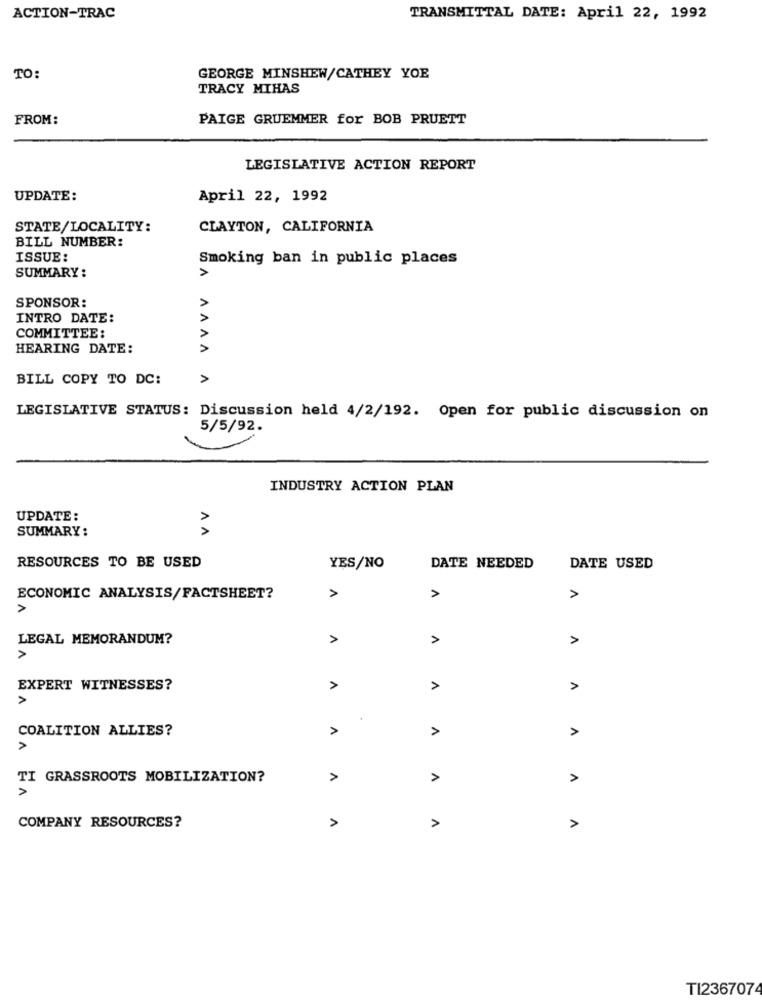
ACTION-TRAC
TRANSMITTAL DATE: April 22, 1992
TO:
GEORGE MINSHEW/CATHEY YOE
TRACY MIHAS
FROM:
PAIGE GRUEMMER for BOB PRUETT
LEGISLATIVE ACTION REPORT
UPDATE:
April 22, 1992
STATE/LOCALITY:
CLAYTON, CALIFORNIA
BILL NUMBER:
ISSUE:
Smoking ban in public places
SUMMARY :
A
VVVV
SPONSOR:
INTRO DATE:
COMMITTEE:
HEARING DATE:
BILL COPY TO DC:
>
LEGISLATIVE STATUS: Discussion held 4/2/192. Open for public discussion on
5/5/92.
INDUSTRY ACTION PLAN
v V
UPDATE :
SUMMARY:
RESOURCES TO BE USED
YES/NO
DATE NEEDED
DATE USED
ECONOMIC ANALYSIS/FACTSHEET?
>
A
A
LEGAL MEMORANDUM?
A
>
>
>
EXPERT WITNESSES?
>
1
A
A
.
COALITION ALLIES?
>
>
A
A
TI GRASSROOTS MOBILIZATION?
>
A
A
COMPANY RESOURCES?
A
A
A
TI2367074